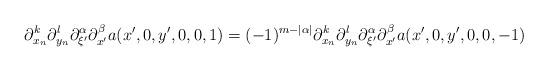
LaTeX: \begin{align*}\partial_{x_n}^k \partial_{y_n}^l\partial_{\xi'}^\alpha \partial_{x'}^\beta a(x', 0, y', 0, 0,1)= (-1)^{m-|\alpha|} \partial_{x_n}^k \partial_{y_n}^l\partial_{\xi'}^\alpha \partial_{x'}^\beta a(x', 0, y', 0,0, -1)\end{align*}